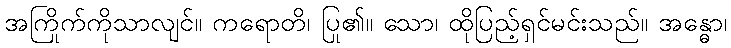
အကြိုက်ကိုသာလျင်။ ကရောတိ၊ ပြု၏။ သော၊ ထိုပြည့်ရှင်မင်းသည်။ အန္ဓော၊